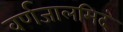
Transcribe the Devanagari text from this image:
वर्णजालमिदं